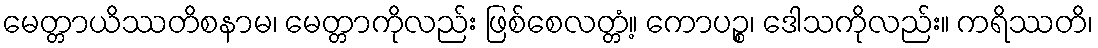
မေတ္တာယိဿတိစနာမ၊ မေတ္တာကိုလည်း ဖြစ်စေလတ္တံ့။ ကောပဉ္စ၊ ဒေါသကိုလည်း။ ကရိဿတိ၊